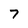
Character: 7